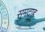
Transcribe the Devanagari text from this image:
सुमदाह